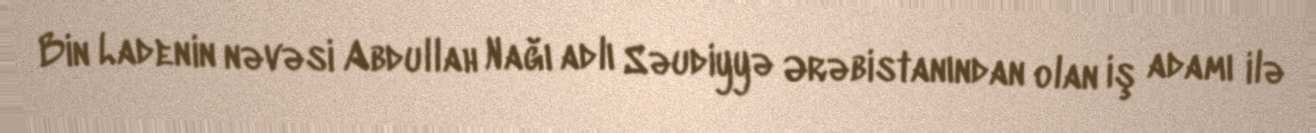
Bin Ladenin nəvəsi Abdullah Nağı adlı Səudiyyə Ərəbistanından olan iş adamı ilə